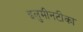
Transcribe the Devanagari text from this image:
इलुमीनटीका